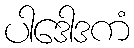
ပါဒေါဒကံ